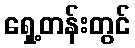
ရှေ့တန်းတွင်